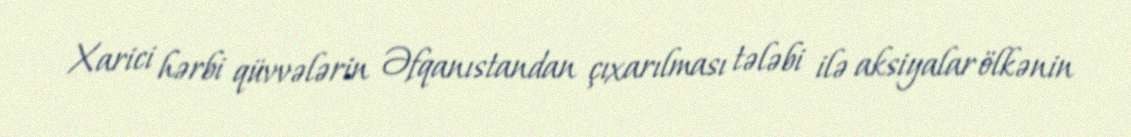
Xarici hərbi qüvvələrin Əfqanıstandan çıxarılması tələbi ilə aksiyalar ölkənin